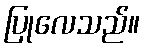
ပြုလေသည်။